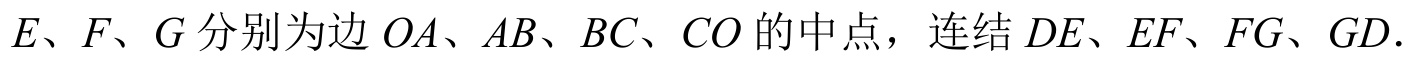
\(E、F、G\)分别为边 \(OA、AB、BC、CO\)的中点，连结 \(DE、EF、FG、GD\).